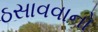
ઠસાવવાનો